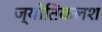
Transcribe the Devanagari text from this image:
ज्योतिकलश